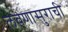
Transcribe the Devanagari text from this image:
लवणासुराची